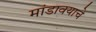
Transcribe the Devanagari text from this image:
मांडावयाचे